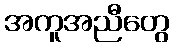
အကူအညီတွေ